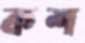
কশ